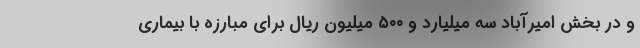
و در بخش امیرآباد سه میلیارد و ۵۰۰ میلیون ریال برای مبارزه با بیماری